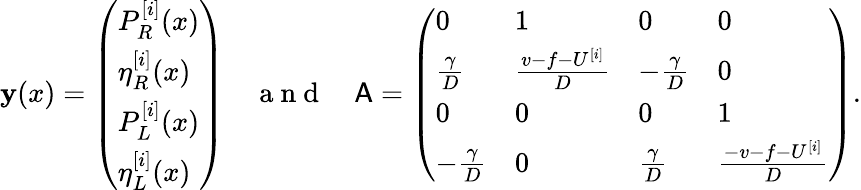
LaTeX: \mathbf{y}(x)=\left(\begin{array}{l}{P_{R}^{[i]}(x)}\\ {\eta_{R}^{[i]}(x)}\\ {P_{L}^{[i]}(x)}\\ {\eta_{L}^{[i]}(x)}\end{array}\right)\quad\mathrm{~a~n~d~}\quad\mathsf{A}=\left(\begin{array}{llll}{0}&{1}&{0}&{0}\\ {\frac{\gamma}{D}}&{\frac{v-f-U^{[i]}}{D}}&{-\frac{\gamma}{D}}&{0}\\ {0}&{0}&{0}&{1}\\ {-\frac{\gamma}{D}}&{0}&{\frac{\gamma}{D}}&{\frac{-v-f-U^{[i]}}{D}}\end{array}\right).